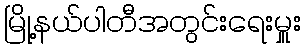
မြို့နယ်ပါတီအတွင်းရေးမှူး